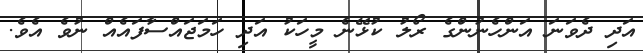
އަދި ދެވަނަ އަންހެނުންގެ ރޯލު ކުޅޭނެ މީހަކު އަދި ހަމަޖައްސާފައެއް ނުވެ އެވެ.